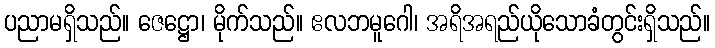
ပညာမရှိသည်။ ဇေဋ္ဌော၊ မိုက်သည်။ ဧလဘမူဂေါ၊ အရိအရည်ယိုသောခံတွင်းရှိသည်။